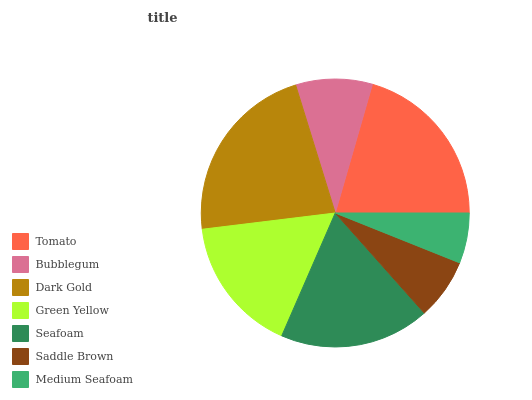
| Tomato | Bubblegum | Dark Gold | Green Yellow | Seafoam | Saddle Brown | Medium Seafoam |
 | --- | --- | --- | --- | --- | --- | --- |
 | 20.5% | 9.24% | 22.1% | 16.5% | 18.1% | 7.37% | 6.06% |